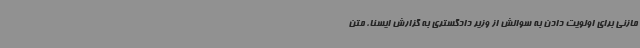
مازنی برای اولویت دادن به سوالش از وزیر دادگستری به گزارش ایسنا، متن